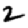
Digit: 2